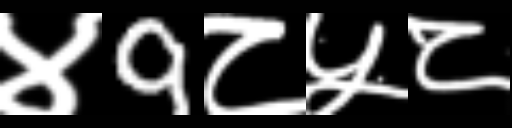
Text: ४9८५८